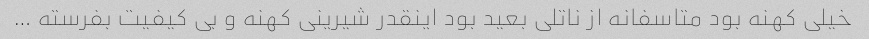
خیلی کهنه بود متاسفانه از ناتلی بعید بود اینقدر شیرینی کهنه و بی کیفیت بفرسته …